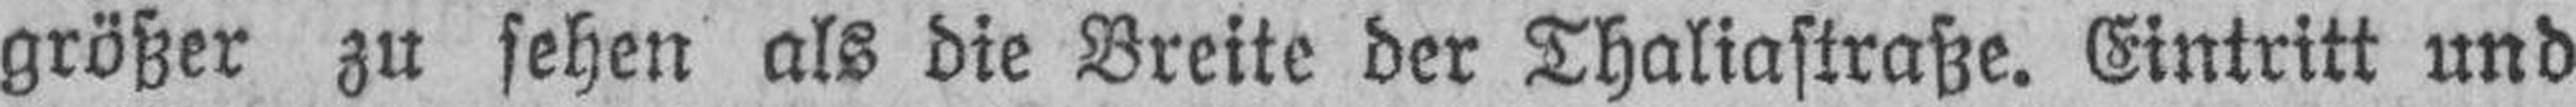
größer zu sehen als die Breite der Thaliastraße. Eintritt und